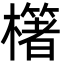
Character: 櫡